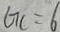
G C = 6